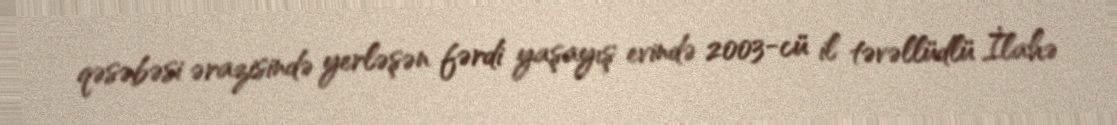
qəsəbəsi ərazisində yerləşən fərdi yaşayış evində 2003-cü il təvəllüdlü İlahə